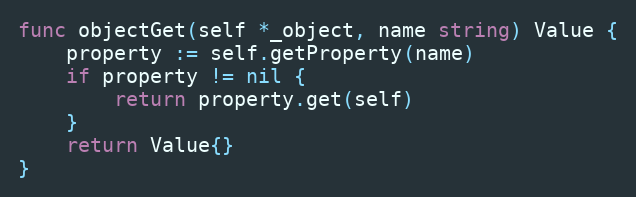
Language: Go
func objectGet(self *_object, name string) Value {
	property := self.getProperty(name)
	if property != nil {
		return property.get(self)
	}
	return Value{}
}